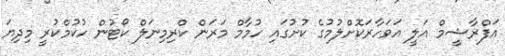
އަފްރާޝީމް އަލީ އަވަހާރަކޮށްލުމުގެ ކުށުގައި ހުމާމް މަރަން ކްރިމިނަލް ކޯޓުން ހުކުމްކުރީ މިދިޔަ